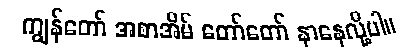
ကျွန်တော် အစာအိမ် တော်တော် နာနေလို့ပါ။